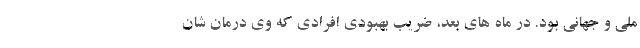
ملی و جهانی بود. در ماه های بعد، ضریب بهبودی افرادی که وی درمان شان